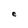
Character: e